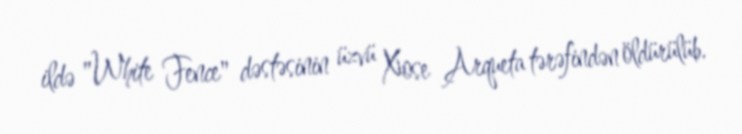
ildə "White Fence" dəstəsinin üzvü Xose Arqueta tərəfindən öldürülüb.